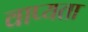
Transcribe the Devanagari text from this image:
वाप्यता